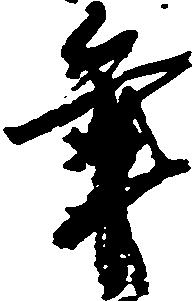
年